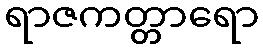
ရာဇကတ္တာရော